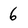
Character: 6